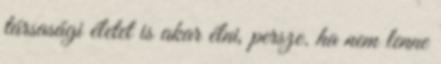
társasági életet is akar élni, persze. ha nem lenne